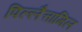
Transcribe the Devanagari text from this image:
पिल्लैत्तामिल